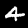
Digit: 4